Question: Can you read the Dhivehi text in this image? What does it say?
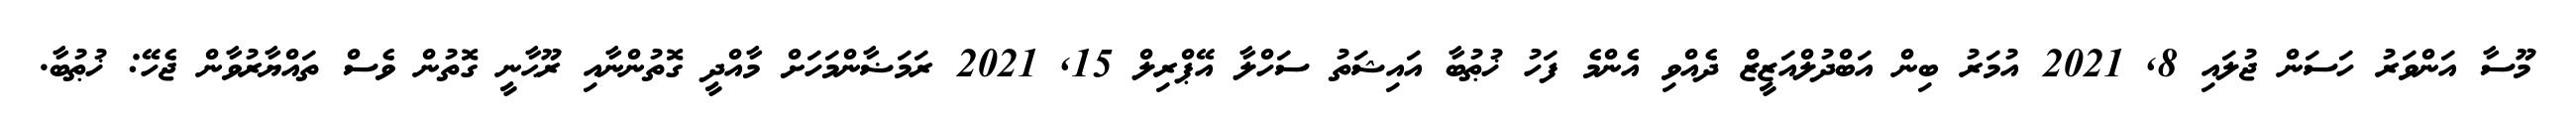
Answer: މޫސާ އަންވަރު ހަސަން ޖުލައި 8, 2021 އުމަރު ބިން އަބްދުލްއަޒީޒް ދެއްވި އެންމެ ފަހު ޚުޠުބާ އައިޝަތު ސަހްލާ އޭޕްރިލް 15, 2021 ރަމަޟާންމަހަށް މާއްދީ ގޮތުންނާއި ރޫޙާނީ ގޮތުން ވެސް ތައްޔާރުވާން ޖެހޭ: ޚުޠުބާ.